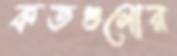
কতগুলোর